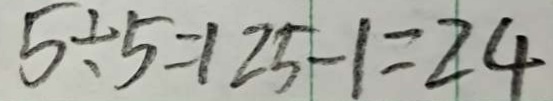
5 \div 5 = 1 2 5 - 1 = 2 4